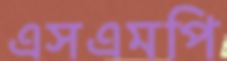
এসএমপি